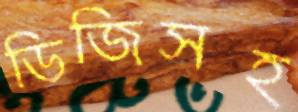
ডিজিসহ